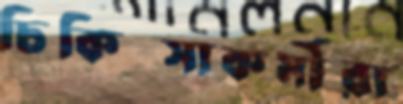
চিকিত্সাকর্মীরা